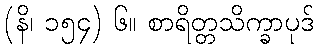
(နိ၊ ၁၅၄) ၆။ စာရိတ္တသိက္ခာပုဒ်